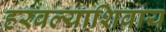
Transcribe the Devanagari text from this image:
हरवल्याशिवाय